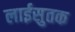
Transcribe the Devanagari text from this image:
लाईसुतक